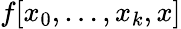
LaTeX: f[x_{0},\ldots,x_{k},x]